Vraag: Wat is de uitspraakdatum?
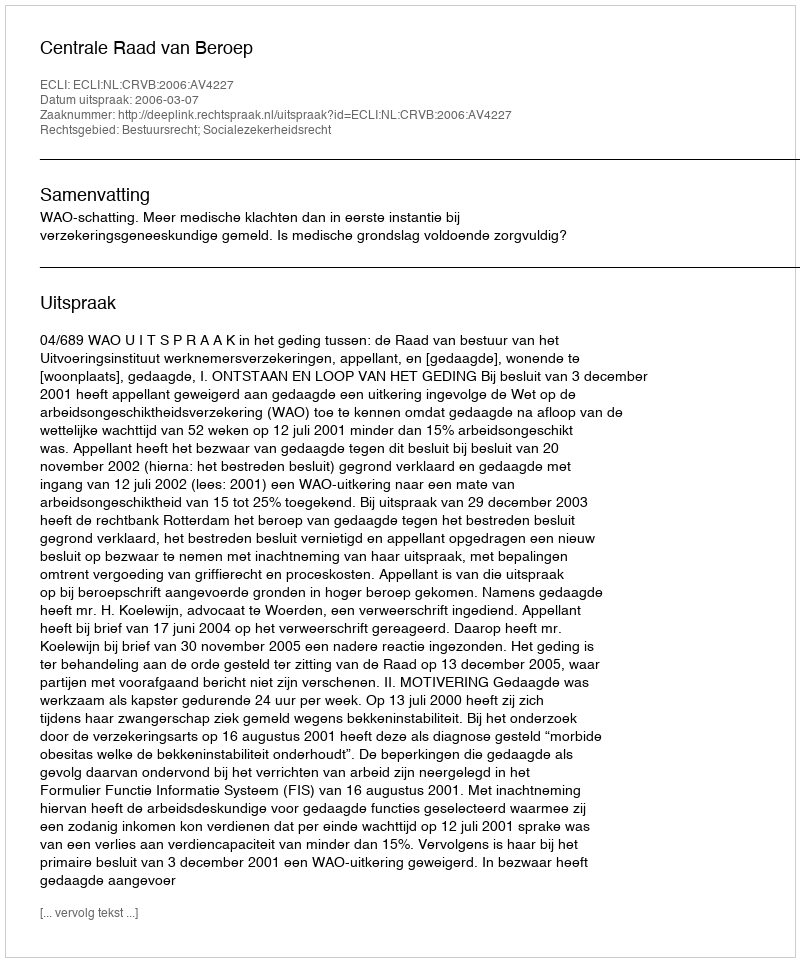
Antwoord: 2006-03-07